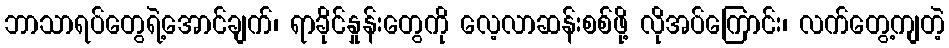
ဘာသာရပ်တွေရဲ့အောင်ချက်၊ ရာခိုင်နှုန်းတွေကို လေ့လာဆန်းစစ်ဖို့ လိုအပ်ကြောင်း၊ လက်တွေ့ကျတဲ့